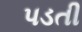
પડતી